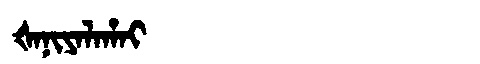
Manchu: ᡧᠠᠨᡳᠶᠠᠯᠠᡥᠠᡳ
Romanization: ŠANIYALAHAI